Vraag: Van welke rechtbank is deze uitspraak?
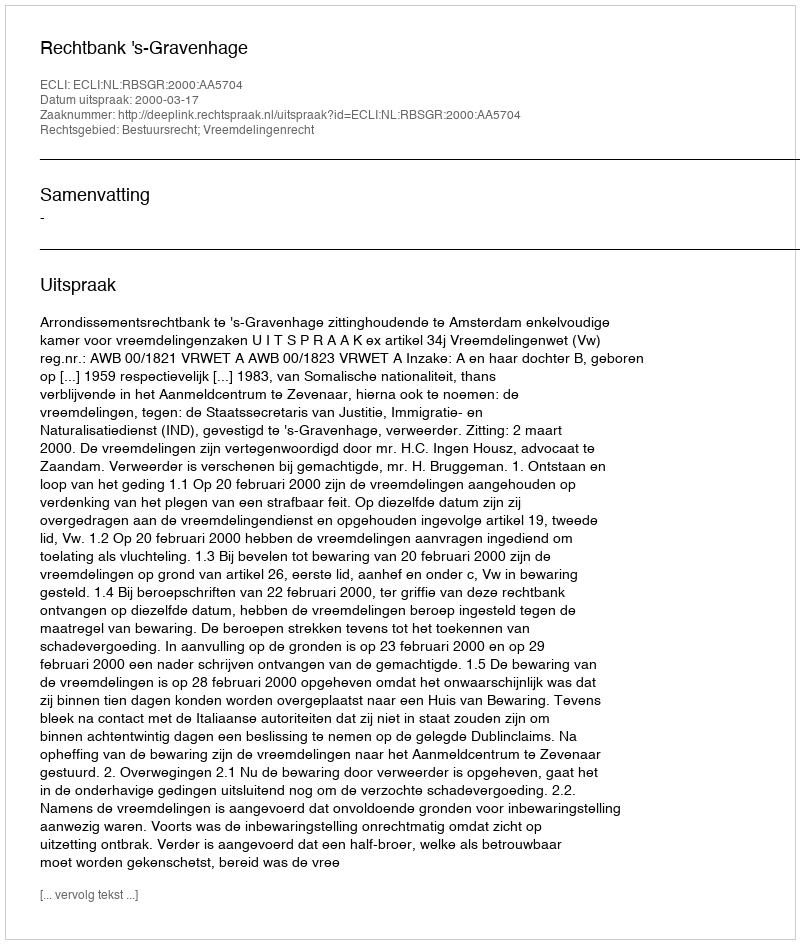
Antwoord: Rechtbank 's-Gravenhage